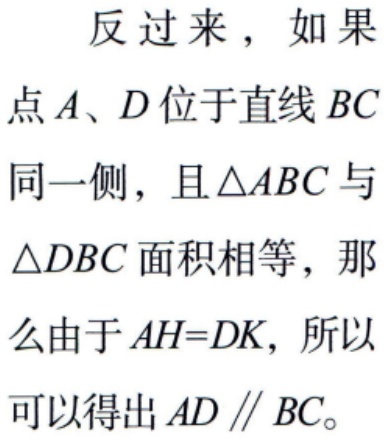
反过来，如果

点\(A、D\)位于直线\(BC\)

同一侧，且\(\triangle ABC\)与

\(\triangle DBC\)面积相等，那

么由于\(AH = DK\)，所以

可以得出\(AD\parallel BC\)。